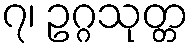
၇၊ ဥဂ္ဂသုတ္တ